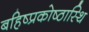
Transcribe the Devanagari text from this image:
बहिष्प्रकोष्ठास्थि